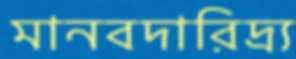
মানবদারিদ্র্য